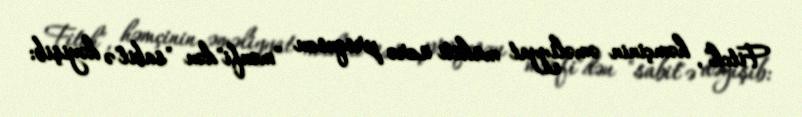
Fitch", həmçinin əməliyyat mühiti üzrə proqnozu "mənfi"dən "sabit"ə dəyişib: